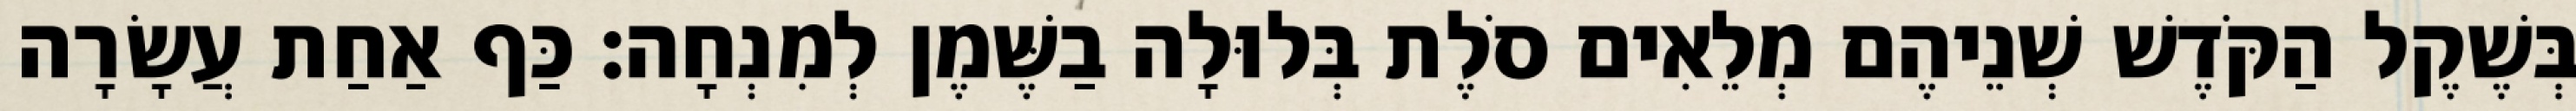
בְּשֶׁקֶל הַקֹּדֶשׁ שְׁנֵיהֶם מְלֵאִים סֹלֶת בְּלוּלָה בַשֶּׁמֶן לְמִנְחָה׃ כַּף אַחַת עֲשָׂרָה